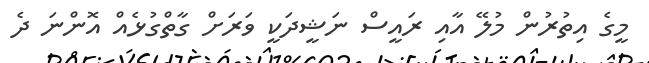
މީގެ އިތުރުން މުލޭ އާއި ރައީސް ނަޝީދަކީ ވަރަށް ގާތްގުޅެއް އޮންނަ ދެ